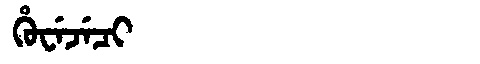
Manchu: ᡥᡠᠸᡝᠵᡝᠴᡳ
Romanization: HUWEJECI